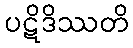
ပဋိဒိဿတိ